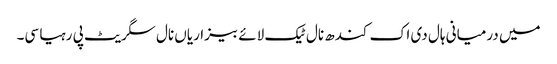
میں درمیانی ہال دی اک کندھ نال ٹیک لائے بیزاریاں نال سگریٹ پی رہیا سی۔